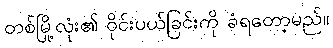
တစ်မြို့လုံး၏ ဝိုင်းပယ်ခြင်းကို ခံရတော့မည်။